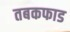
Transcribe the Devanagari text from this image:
तबकफाड